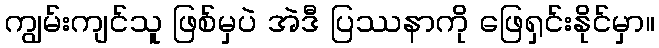
ကျွမ်းကျင်သူ ဖြစ်မှပဲ အဲဒီ ပြဿနာကို ဖြေရှင်းနိုင်မှာ။